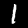
Digit: 1